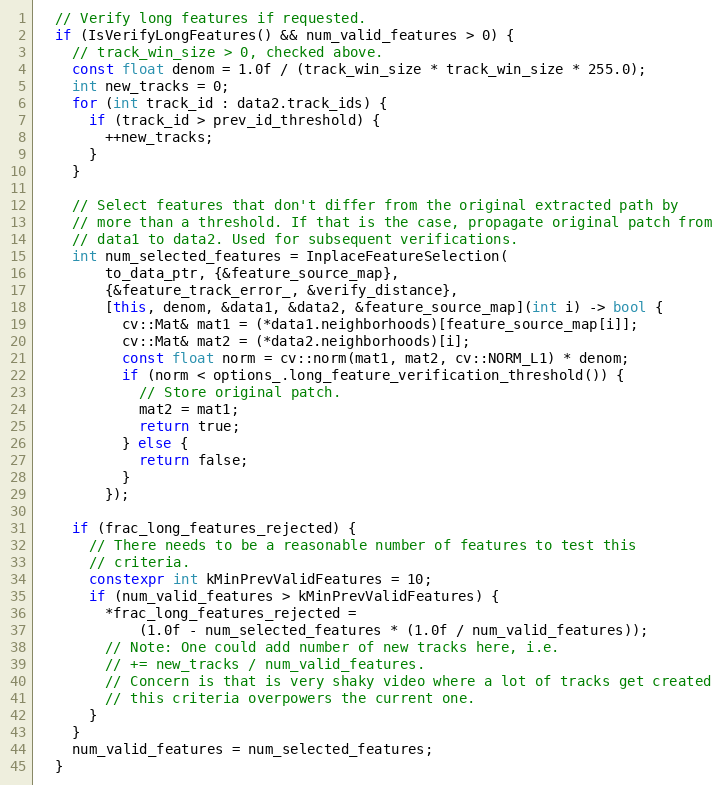
Language: C++
  // Verify long features if requested.
  if (IsVerifyLongFeatures() && num_valid_features > 0) {
    // track_win_size > 0, checked above.
    const float denom = 1.0f / (track_win_size * track_win_size * 255.0);
    int new_tracks = 0;
    for (int track_id : data2.track_ids) {
      if (track_id > prev_id_threshold) {
        ++new_tracks;
      }
    }

    // Select features that don't differ from the original extracted path by
    // more than a threshold. If that is the case, propagate original patch from
    // data1 to data2. Used for subsequent verifications.
    int num_selected_features = InplaceFeatureSelection(
        to_data_ptr, {&feature_source_map},
        {&feature_track_error_, &verify_distance},
        [this, denom, &data1, &data2, &feature_source_map](int i) -> bool {
          cv::Mat& mat1 = (*data1.neighborhoods)[feature_source_map[i]];
          cv::Mat& mat2 = (*data2.neighborhoods)[i];
          const float norm = cv::norm(mat1, mat2, cv::NORM_L1) * denom;
          if (norm < options_.long_feature_verification_threshold()) {
            // Store original patch.
            mat2 = mat1;
            return true;
          } else {
            return false;
          }
        });

    if (frac_long_features_rejected) {
      // There needs to be a reasonable number of features to test this
      // criteria.
      constexpr int kMinPrevValidFeatures = 10;
      if (num_valid_features > kMinPrevValidFeatures) {
        *frac_long_features_rejected =
            (1.0f - num_selected_features * (1.0f / num_valid_features));
        // Note: One could add number of new tracks here, i.e.
        // += new_tracks / num_valid_features.
        // Concern is that is very shaky video where a lot of tracks get created
        // this criteria overpowers the current one.
      }
    }
    num_valid_features = num_selected_features;
  }